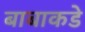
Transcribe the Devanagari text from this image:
बाबाकडे